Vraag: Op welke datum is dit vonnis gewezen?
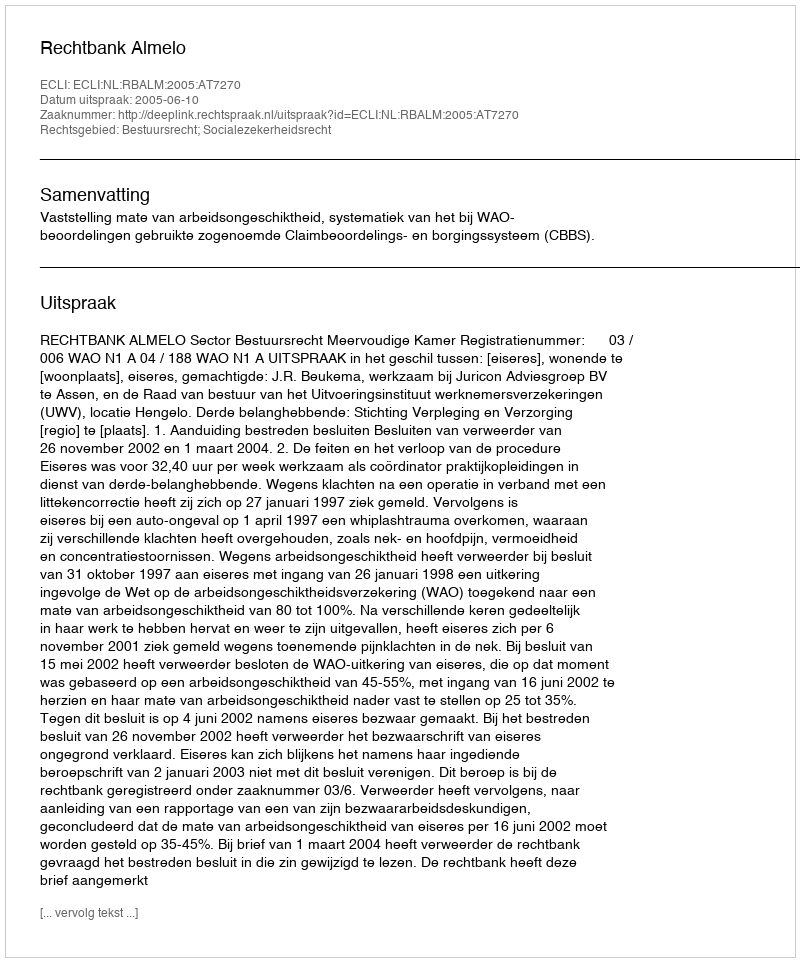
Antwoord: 2005-06-10